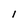
Character: l